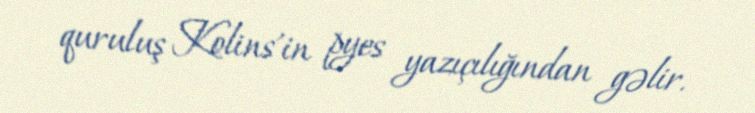
quruluş Kolins'in pyes yazıçılığından gəlir.